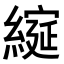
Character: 𮈶